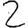
Digit: 2